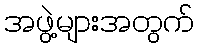
အဖွဲ့များအတွက်